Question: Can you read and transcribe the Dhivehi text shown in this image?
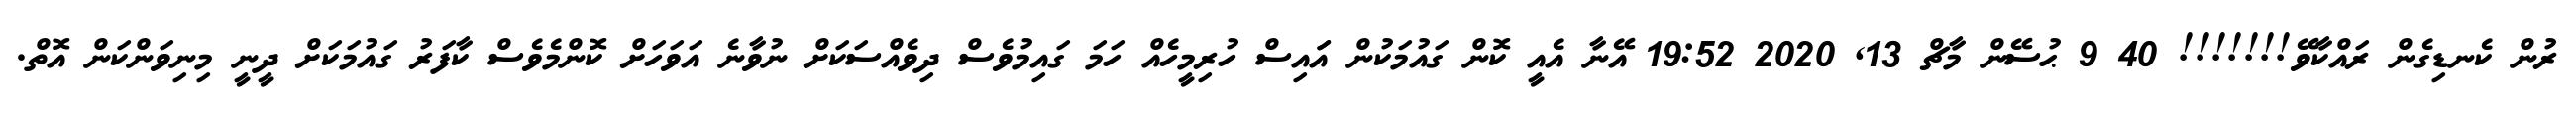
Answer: ރުން ކެނޑިގެން ރައްކާވޭ!!!!!!! 40 9 ޙުސޭން މާޗް 13, 2020 19:52 އޭނާ އެއީ ކޮން ގައުމަކުން އަައިސް ހުރިމީހެއް ހަމަ ގައިމުވެސް ދިވެއްސަކަށް ނުވާނެ އަވަހަށް ކޮންމެވެސް ކާފަރު ގައުމަކަށް ދީނީ މިނިވަންކަން އޮތް.